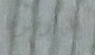
الخارقون